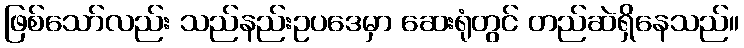
ဖြစ်သော်လည်း သည်နည်းဥပဒေမှာ ဆေးရုံတွင် တည်ဆဲရှိနေသည်။